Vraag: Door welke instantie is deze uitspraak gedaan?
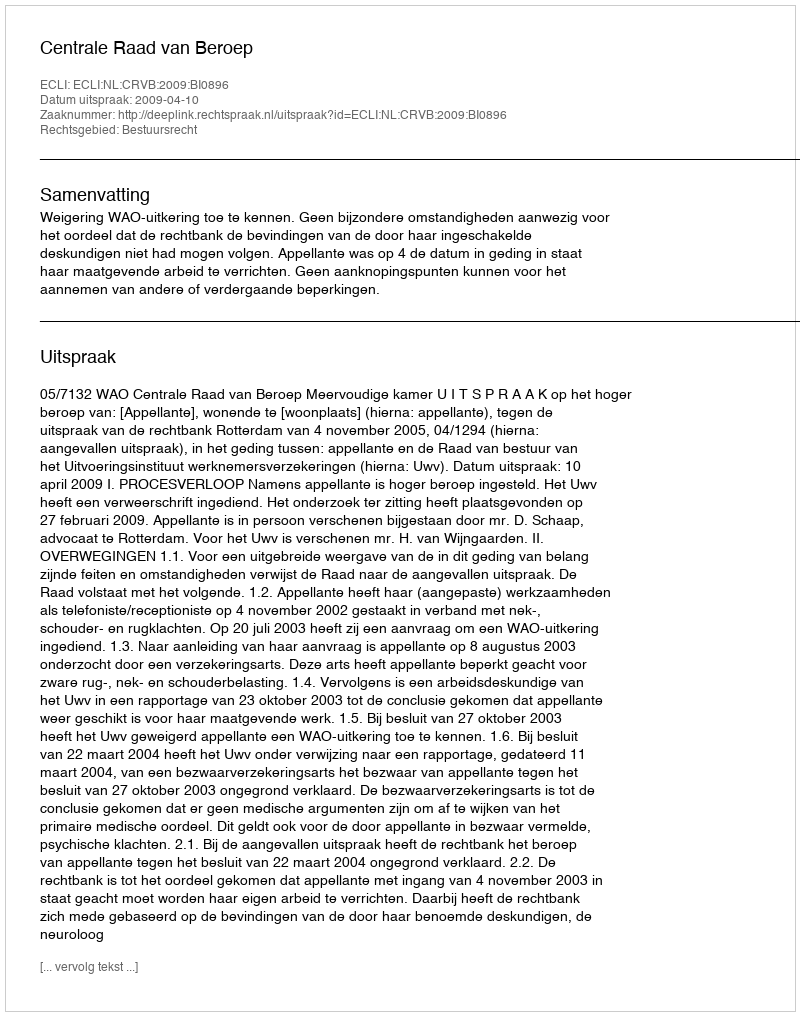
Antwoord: Centrale Raad van Beroep